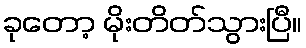
ခုတော့ မိုးတိတ်သွားပြီ။